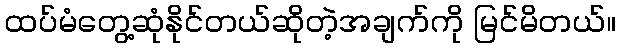
ထပ်မံတွေ့ဆုံနိုင်တယ်ဆိုတဲ့အချက်ကို မြင်မိတယ်။